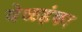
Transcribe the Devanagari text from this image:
येळहंका